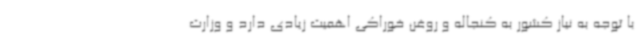
با توجه به نیاز کشور به کنجاله و روغن خوراکی اهمیت زیادی دارد و وزارت